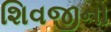
શિવજીનો